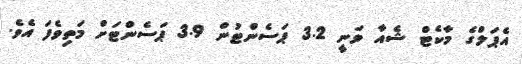
އެޕަލްގެ މާކެޓް ޝެއާ ވަނީ 3.2 ޕަސެންޓުން 3.9 ޕަސެންޓަށް މަތިވެފަ އެވެ.